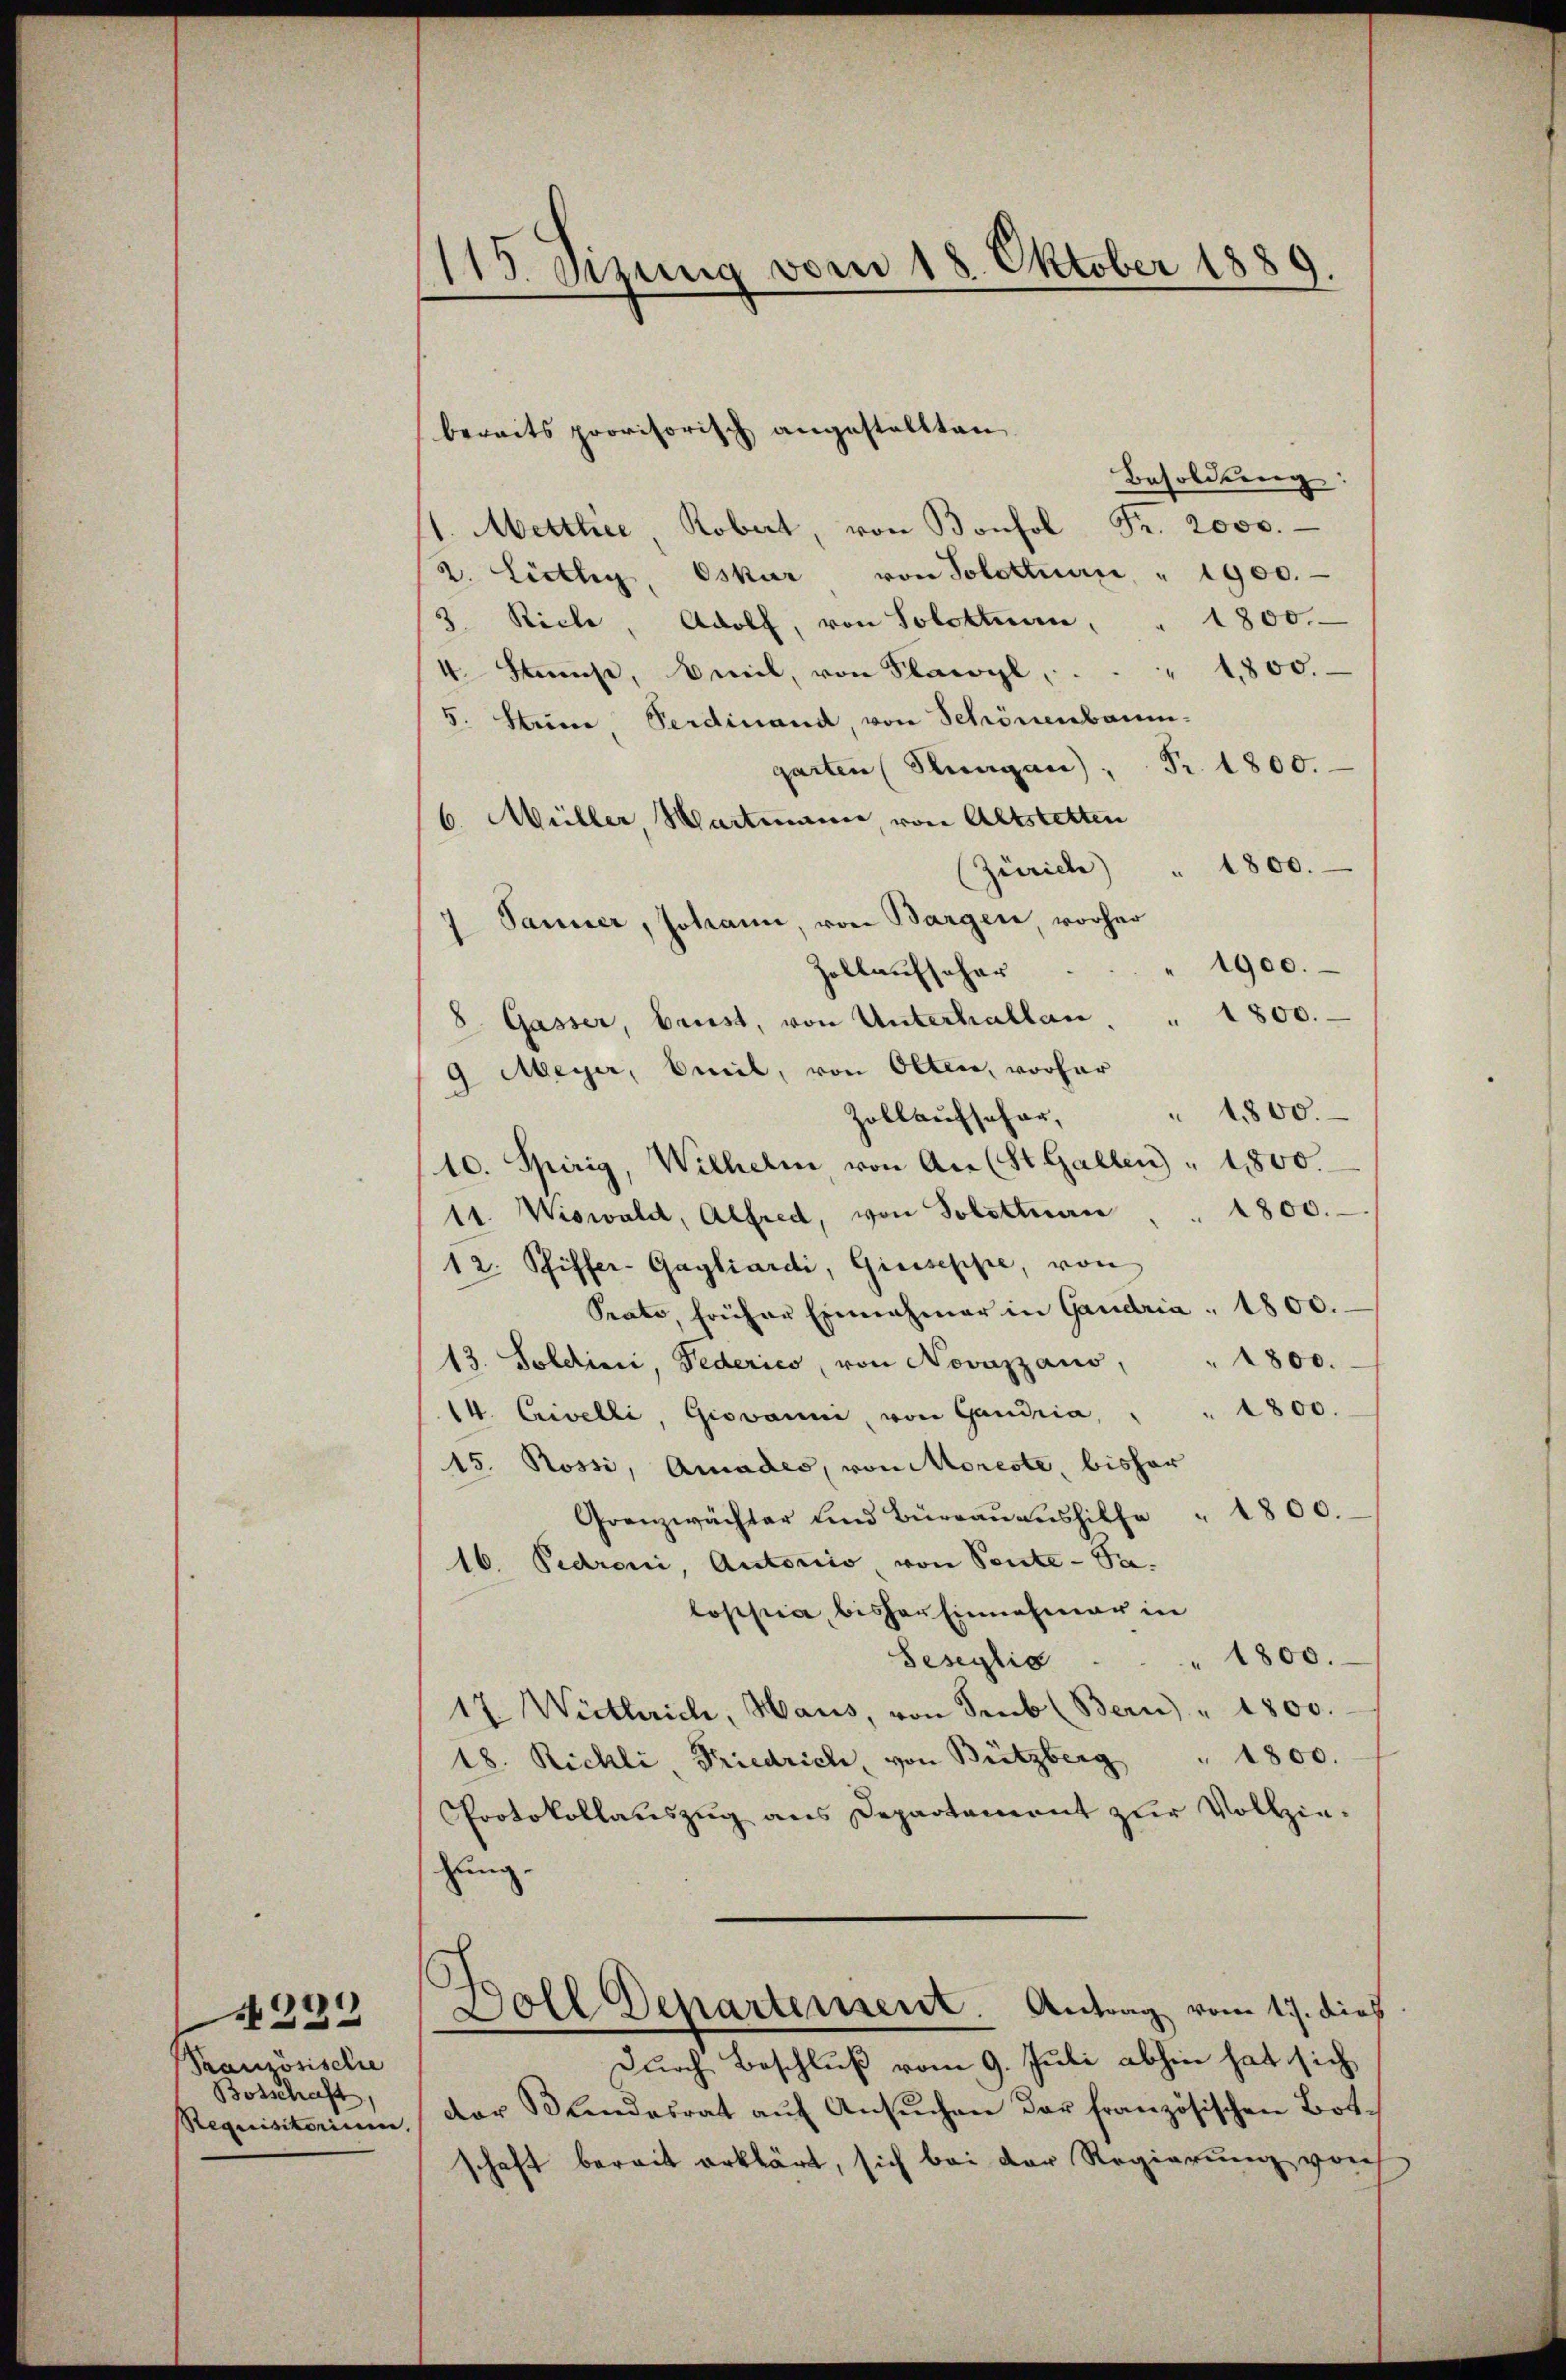
Französische
Botschaft,
Requisitorium

N232

115 Sizung vom 18. Oktober 1889

Besoldung
1. Mettlie Robert, von Bonfol Fr. 2000.
2. Lisly, Oskar von Solottnen " 1900.
1800.
3 Riche, Adolf, von Solotten,
1800.
4 Stumpe, Beil, von Flawyl,
5. Steine Verdinand, von Schönenbaum-
garten (Stangen), Fr. 1800.
6. Müller, Hartmann, von Altstetten
1800.
(Zürich)
7 Panner, Johann, von Bargen, vorher
1900.
Zollaufschar
1800.
8. Gasser, brust, von Unterhallen.
9 Meyer, Emil, von Olten, vorhar
1800.
Zollaufschar,
10. Spirig, Wilhelm von An (St. Gallen " 18800.
1800.
11. Wiswald, Alfred, von Solottuan
12. Pfiffer-Gagliardi, Giuseppe, von
Srate, früher Einnahmer in Gandria 1800.
1800.
13. Soldini, Federico, von Novazzaus,
14. Crivelli, Giovanni, von Gandria, " " 4800.
15. Rossi, Amades, von Moreste, bisher
Grenzwächter und Büreaŭaŭshilfe " 1800.
16. Pedroni, Autoriis, von Pente - Sa-
lopsia, bisher Einnahmer in
Seseylia . . . 1800.
17. Wietlrich, Haus, von Trub (Bern) " 1800.
1800.
18. Richli Friedrich, von Bützberg
Protokollauszug aus Departament zŭr Vollzie-
zung.
c
Doll Departement. Antrag vom 17. dieß
Durch Beschluß vom 9. Juli abhin hat sich
der Bundesrat aŭf Ansŭchen dar französischen Botschaft bereit erklärt, sich bei der Regierung von

bereits provisorisch angestellten